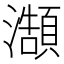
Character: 𭳥